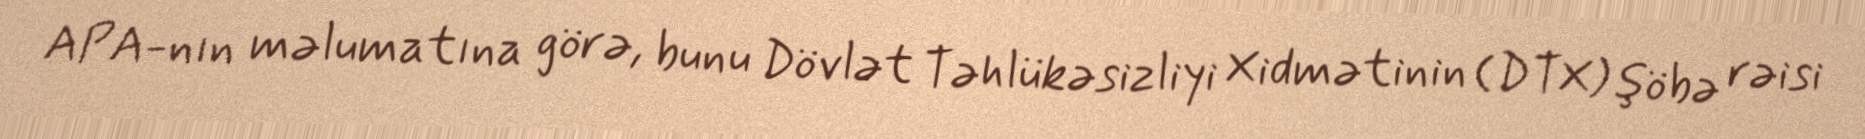
APA-nın məlumatına görə, bunu Dövlət Təhlükəsizliyi Xidmətinin (DTX) şöbə rəisi